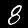
Digit: 8